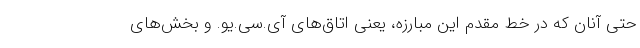
حتی آنان که در خط مقدم این مبارزه، یعنی اتاق‌های آی.سی.یو. و بخش‌های